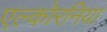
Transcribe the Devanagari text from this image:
एल्कोरनिया